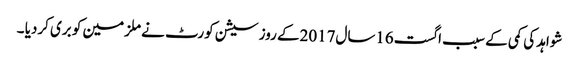
شواہد کی کمی کے سبب اگست16سال2017کے روز سیشن کورٹ نے ملزمین کو بری کردیا ۔